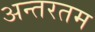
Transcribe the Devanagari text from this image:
अन्तरतम